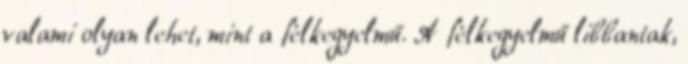
valami olyan lehet, mint a félkegyelmű. A félkegyelmű libbantak,